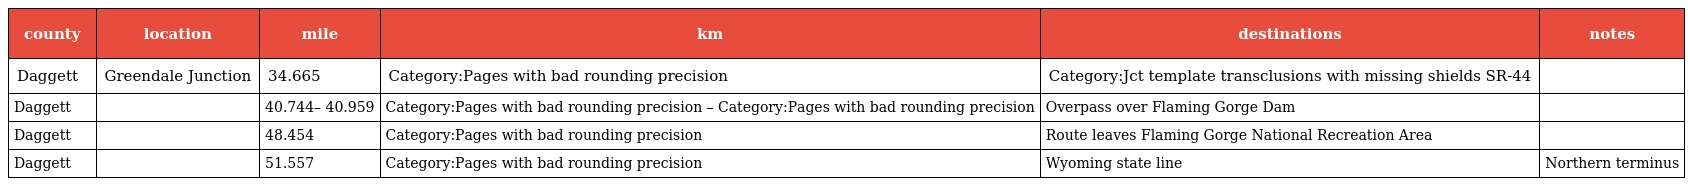
| county | location | mile | km | destinations | notes |
 | --- | --- | --- | --- | --- | --- |
 | Daggett | Greendale Junction | 34.665 | Category:Pages with bad rounding precision | Category:Jct template transclusions with missing shields SR-44 |  |
 | Daggett |  | 40.744– 40.959 | Category:Pages with bad rounding precision – Category:Pages with bad rounding precision | Overpass over Flaming Gorge Dam |  |
 | Daggett |  | 48.454 | Category:Pages with bad rounding precision | Route leaves Flaming Gorge National Recreation Area |  |
 | Daggett |  | 51.557 | Category:Pages with bad rounding precision | Wyoming state line | Northern terminus |